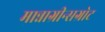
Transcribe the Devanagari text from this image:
मान्नाग्रीन्सग्रोट